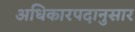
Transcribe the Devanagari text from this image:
अधिकारपदानुसार